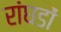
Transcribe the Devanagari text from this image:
रांघडों